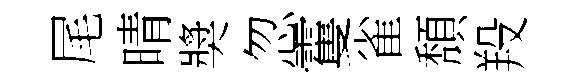
尾晴奬忽䨥雀頽羖